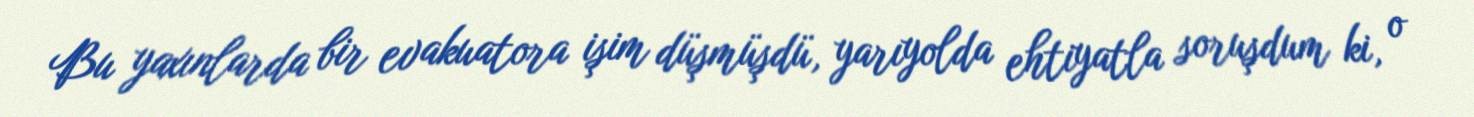
Bu yaxınlarda bir evakuatora işim düşmüşdü, yarıyolda ehtiyatla soruşdum ki, o